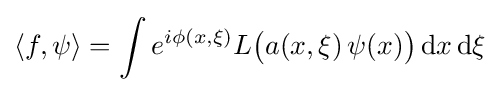
\langle f,\psi \rangle =\int e^{i\phi (x,\xi )}L{\big (}a(x,\xi )\,\psi (x){\big )}\,\mathrm {d} x\,\mathrm {d} \xi